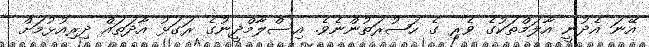
އޭނަ އެދުނީ އާލަމްތަކުގެ ވެރި ގެ ހަޟުރަތުންނެވެ. އިސްލާމްދީނުގެ ރަގަޅު އާދަތައް ދިރިއުޅުމަށް